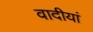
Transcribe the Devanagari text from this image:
वादीयां